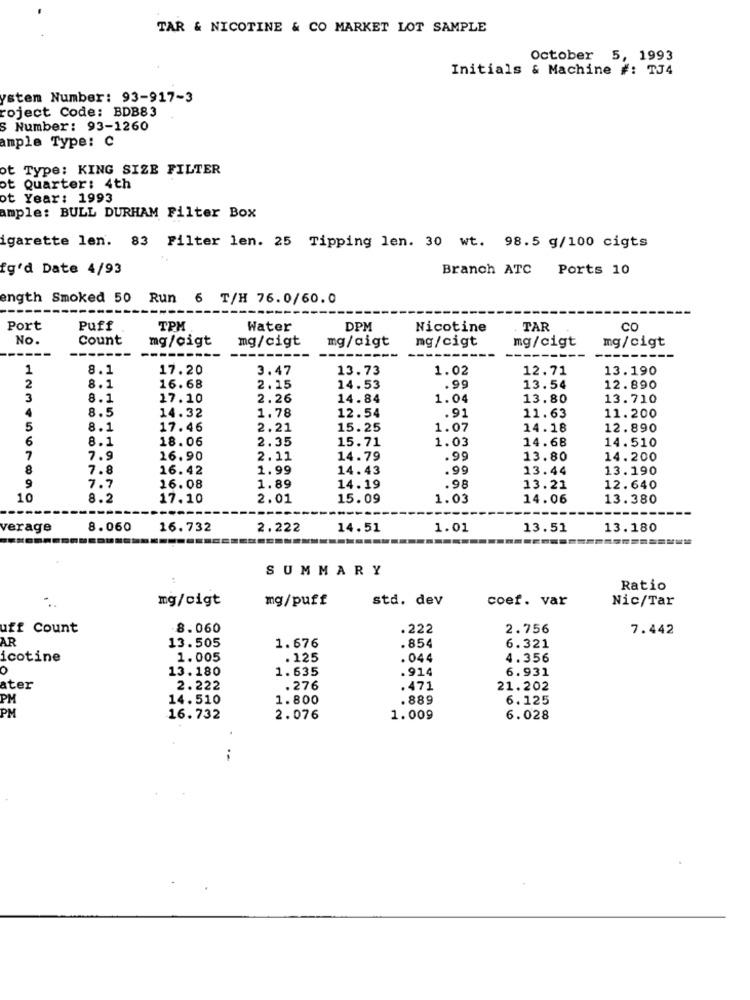
TAR & NICOTINE & CO MARKET LOT SAMPLE
October 5, 1993
Initials & Machine #: TJ4
ysten Number: 93-917-3
roject Code: BDB83
S Number: 93-1260
ample Type: C
ot Type: KING SIZE FILTER
ot Quarter: 4th
ot Year: 1993
ample: BULL DURHAM Filter Box
igarette len. 83 Filter len. 25 Tipping len. 30 wt. 98.5 g/100 cigts
fg'd Date 4/93
Branch ATC Ports 10
ength Smoked 50 Run 6 T/H 76.0/60.0
Port
Puff
TPM
Water
DPM
Nicotine
TAR
CO
No.
Count
mg/cigt
mg/cigt
mg/cigt
mg/cigt
mg/cigt
mg/cigt
--------
--------
------
----
---------
1
8.1
17.20
3.47
13.73
1.02
12.71
13.190
2
8.1
16.68
2.15
14.53
.99
13.54
12.890
3
8.1
17.10
2.26
14.84
1.04
13.80
13.710
4
8.5
14.32
1.78
12.54
.91
11.63
11.200
5
8.1
17.46
2.21
15.25
1.07
14.18
12.890
6
18.06
2.35
15.71
1.03
14.68
14.510
8.1
7
7.9
16.90
2.11
14.79
.99
13.80
14.200
8
7.8
16.42
1.99
14.43
90
13.44
13.190
9
7.7
16.08
1.89
14.19
.98
13.21
12.640
10
8.2
17.10
2.01
15.09
1.03
14.06
13.380
verage
8.060
16.732
2.222
14.51
1.01
13.51
13.180
SUMMARY
Ratio
mg/cigt
mg/puff
std. dev
coef. var
Nic/Tar
uff Count
8.060
.222
2.756
7.442
AR
.854
13.505
1.676
6.321
icotine
1.005
. 125
.044
4.356
O
13.180
1.635
.914
6.931
ater
2.222
.276
.471
21.202
PM
14.510
1.800
. 889
6.125
PM
16.732
2.076
1.009
6.028